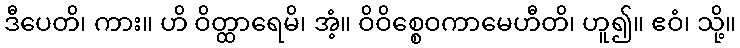
ဒီပေတိ၊ ကား။ ဟိ ဝိတ္ထာရေမိ၊ အံ့။ ဝိဝိစ္စေဝကာမေဟီတိ၊ ဟူ၍။ ဧဝံ၊ သို့။